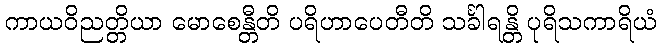
ကာယဝိညတ္တိယာ မောစေန္တီတိ ပရိဟာပေတီတိ သင်္ခါရန္တိ ပုရိသကာရိယံ